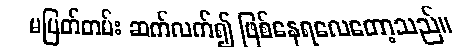
မပြတ်တမ်း ဆက်လက်၍ ဖြစ်နေရလေတော့သည်။